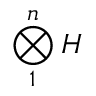
\bigotimes _ { 1 } ^ { n } H